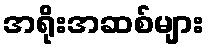
အရိုးအဆစ်များ